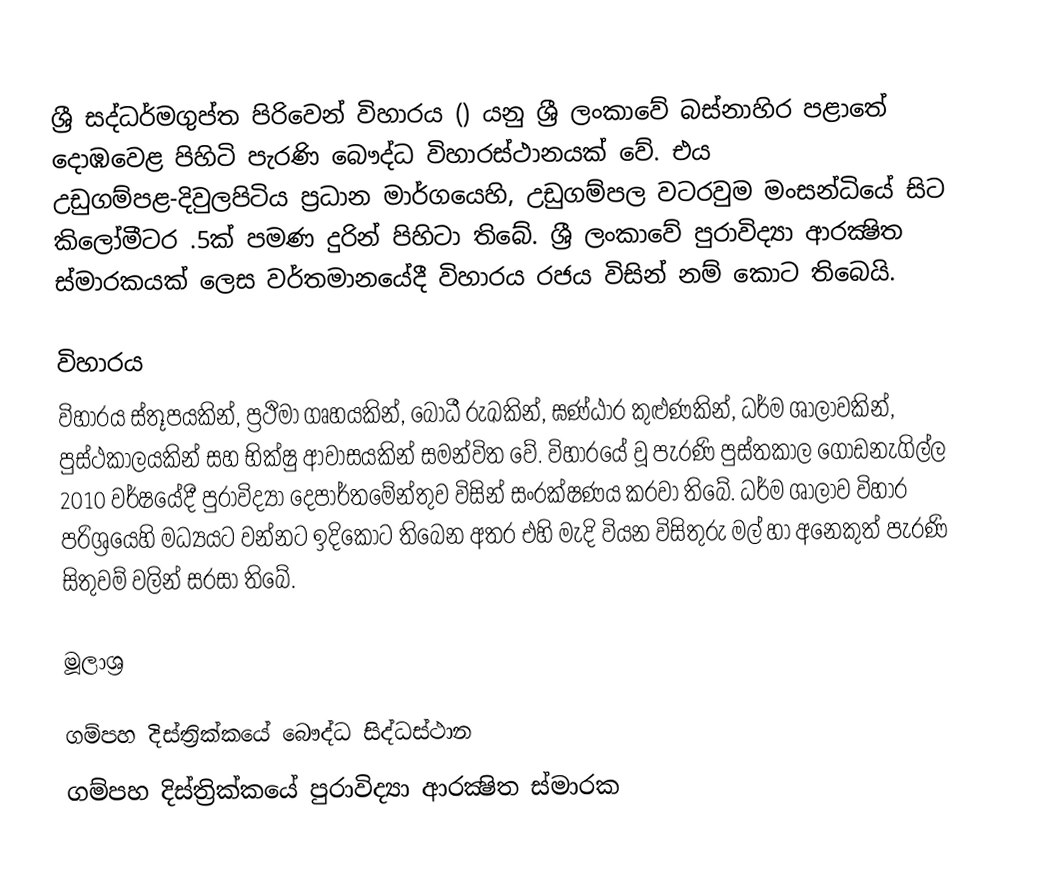
ශ්‍රී සද්ධර්මගුප්ත පිරිවෙන් විහාරය () යනු ශ්‍රී ලංකාවේ බස්නාහිර පළාතේ දොඹවෙළ පිහිටි පැරණි බෞද්ධ විහාරස්ථානයක් වේ. එය උඩුගම්පළ-දිවුලපිටිය ප්‍රධාන මාර්ගයෙහි, උඩුගම්පල වටරවුම මංසන්ධියේ සිට කිලෝමීටර .5ක් පමණ දුරින් පිහිටා තිබේ. ශ්‍රී ලංකාවේ පුරාවිද්‍යා ආරක්‍ෂිත ස්මාරකයක් ලෙස වර්තමානයේදී විහාරය රජය විසින් නම් කොට තිබෙයි.

විහාරය
විහාරය ස්තූපයකින්, ප්‍රථිමා ගෘහයකින්, බෝධී රුඛකින්, ඝණ්ඨාර කුළුණකින්, ධර්ම ශාලාවකින්, පුස්ථකාලයකින් සහ භික්ෂු ආවාසයකින් සමන්විත වේ. විහාරයේ වූ පැරණි පුස්තකාල ගොඩනැගිල්ල 2010 වර්ෂයේදී පුරාවිද්‍යා දෙපාර්තමේන්තුව විසින් සංරක්ෂණය කරවා තිබේ. ධර්ම ශාලාව විහාර පරිශ්‍රයෙහි මධ්‍යයට වන්නට ඉදිකොට තිබෙන අතර එහි මැදි වියන විසිතුරු මල් හා අනෙකුත් පැරණි සිතුවම් වලින් සරසා තිබේ.

මූලාශ්‍ර

ගම්පහ දිස්ත්‍රික්කයේ බෞද්ධ සිද්ධස්ථාන
ගම්පහ දිස්ත්‍රික්කයේ පුරාවිද්‍යා ආරක්‍ෂිත ස්මාරක